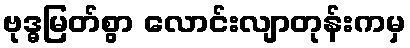
ဗုဒ္ဓမြတ်စွာ လောင်းလျာတုန်းကမှ